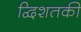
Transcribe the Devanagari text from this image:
द्विशतकी